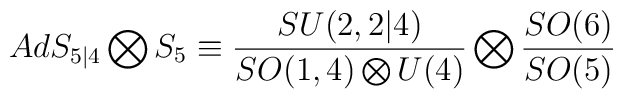
AdS_{5|4}\bigotimes S_{5}\equiv \frac{SU(2,2|4)}{SO(1,4)\bigotimes U(4)}\bigotimes \frac{SO(6)}{SO(5)}